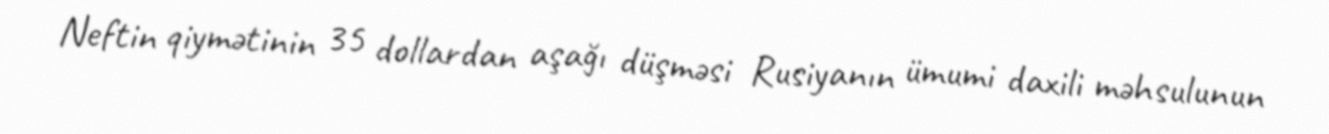
Neftin qiymətinin 35 dollardan aşağı düşməsi Rusiyanın ümumi daxili məhsulunun